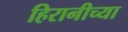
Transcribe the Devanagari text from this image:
हिरानीच्या